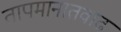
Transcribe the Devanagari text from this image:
तापमानातवाढ